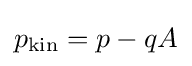
p_{\text{kin}}=p-qA\,\!